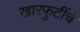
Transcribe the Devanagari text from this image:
खारफुटींचे